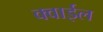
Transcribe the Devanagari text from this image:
क्वाईल